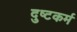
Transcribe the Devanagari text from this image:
दुष्टकर्म